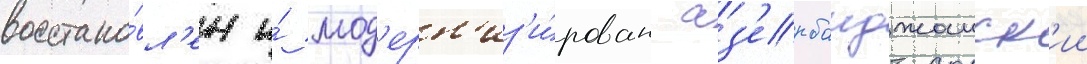
восстано́вл'ен и́ мод'ерн'из'и́рован аз'ербаиджанск'ии